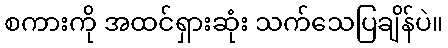
စကားကို အထင်ရှားဆုံး သက်သေပြချိန်ပဲ။